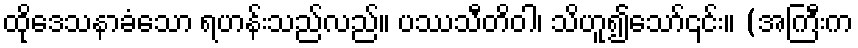
ထိုဒေသနာခံသော ရဟန်းသည်လည်။ ပဿသီတိဝါ၊ သိဟူ၍သော်၎င်း။ (အကြီးက